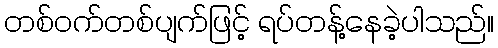
တစ်ဝက်တစ်ပျက်ဖြင့် ရပ်တန့်နေခဲ့ပါသည်။